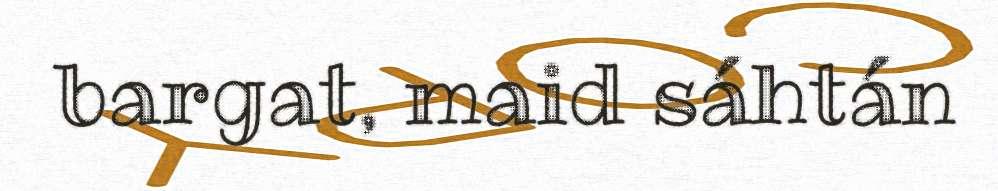
bargat, maid sáhtán